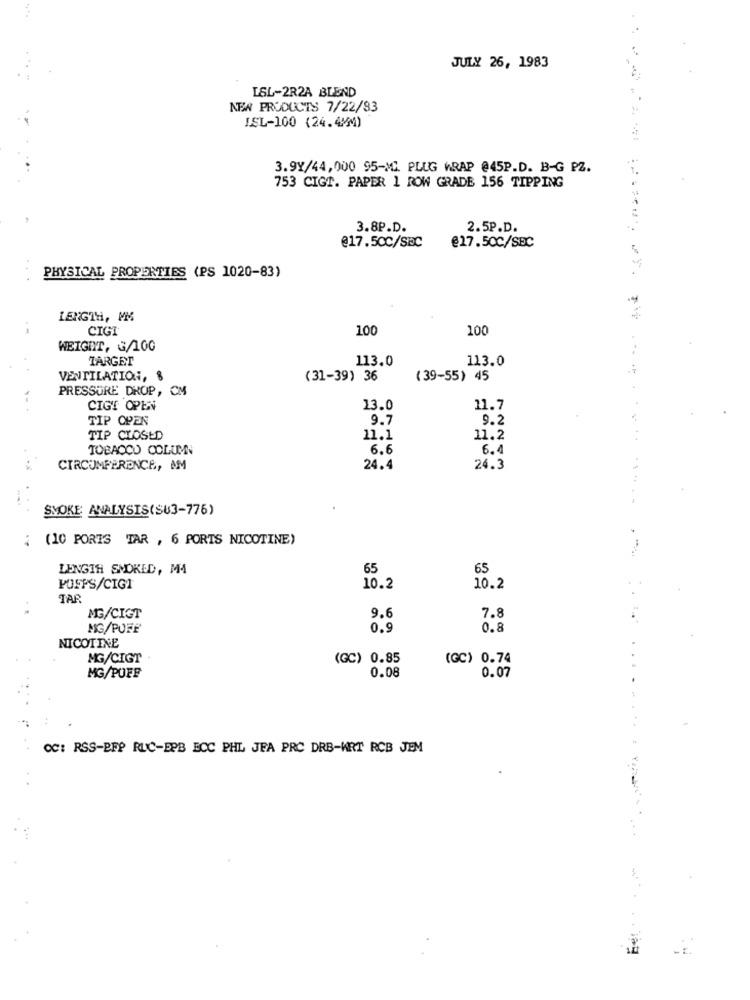
JULY 26, 1983
LSL-2R2A BLEND
NEW PRODUCTS 7/22/83
ISL-100 (24.4MM)
3.9Y/44,000 95-ML PLUG WRAP @45P.D. B-G PZ.
753 CIGT. PAPER 1 ROW GRADE 156 TIPPING
3.8P.D.
2.5P.D.
@17.5CC/SBC
@17.50C/SBC
PHYSICAL PROPERTIES (PS 1020-83)
-
LENGTH, MM
CIGI
100
100
WEIGHT, G/100
TARGET
113.0
113.0
VENTILATION,
(31-39) 36
(39-55) 45
PRESSURE DROP, CM
CIGT OPEN
13.0
11.7
TIP OPEN
9.7
9.2
TIP CLOSED
11.1
11.2
TOBACCO COLUMN
6.6
6.4
CIRCUMFERENCE, AM
24.4
24.3
SMOKE ANALYSIS(SU3-776)
: (10 PORIS TAR , 6 PORTS NICOTINE)
LENGTH SMOKED, MA
65
65
POFFS/CIG1
10.2
10.2
TAR
MG/CIGT
9.6
7.8
MG/PUFF
0.9
0.8
NICOTINE
MG/CIGT
(GC) 0.85
(GC) 0.74
MG/PUFF
0.08
0.07
CC: RSS-BFP RLC-EPB ECC PHL JEA PRC DRB-WRT RCB JEM